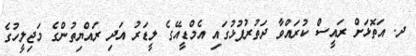
ދ. އަތޮޅަށް ރައީސް ކުރައްވާ ދަތުރުފުޅުގައި އެމްޑީއޭގެ ލީޑަރު އަދި ރައްޔިތުންގެ މަޖިލީހުގެ